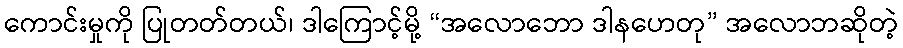
ကောင်းမှုကို ပြုတတ်တယ်၊ ဒါကြောင့်မို့ “အလောဘော ဒါနဟေတု” အလောဘဆိုတဲ့